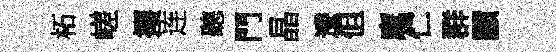
柘嵯攫连聽門晶逶但麾伫群顯